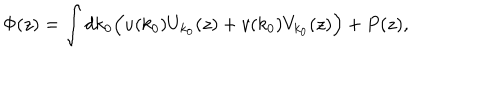
LaTeX: \Phi ( z ) = \int d k _ { 0 } \Bigl ( u ( k _ { 0 } ) U _ { k _ { 0 } } ( z ) + v ( k _ { 0 } ) V _ { k _ { 0 } } ( z ) \Bigr ) + P ( z ) ,